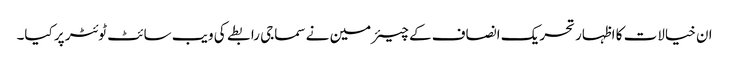
ان خیالات کا اظہار تحریک انصاف کے چیئرمین نے سماجی رابطے کی ویب سائٹ ٹوئٹر پر کیا۔